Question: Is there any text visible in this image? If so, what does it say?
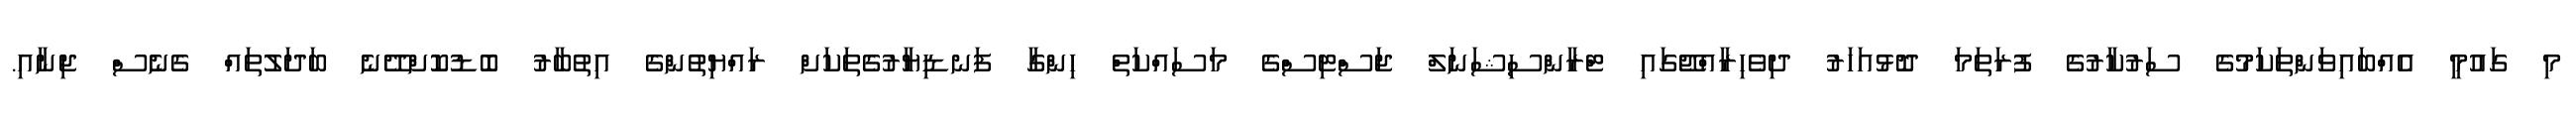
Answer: މި ގައުމީ އެއްބައިވަންތަކަމުގެ ސަރުކާރުގެ ފުރަތަމަ ދޮޅުއަހަރު ދިވެހިރާއްޖޭގައި ޓްރާންސިޝަނަލް ޖަސްޓިސްގެ މަސައްކަތް ހިންގާ ފަނޑިޔާރުގެތަކަށް ރައްޔިތުންގެ އިތުބާރު ބޮޑުކޮށްދޭނެ ބަދަލުތައް ގެނެސް ޖިނާއި.